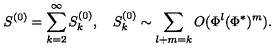
S ^ { ( 0 ) } = \sum _ { k = 2 } ^ { \infty } S _ { k } ^ { ( 0 ) } , \quad S _ { k } ^ { ( 0 ) } \sim \sum _ { l + m = k } O ( \Phi ^ { l } ( \Phi ^ { * } ) ^ { m } ) .